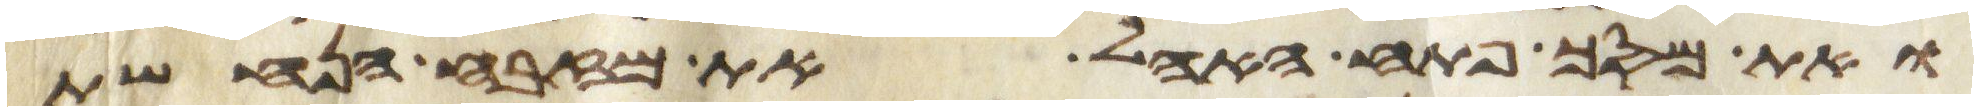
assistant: ואת מסך פתח האהל ואת מזבח הנחשת